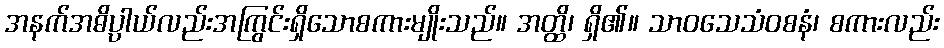
အနက်အဓိပ္ပာယ်လည်းအကြွင်းရှိသောစကားမျိုးသည်။ အတ္ထိ၊ ရှိ၏။ သာဝသေသံဝစနံ၊ စကားလည်း